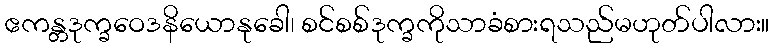
ဧကန္တဒုက္ခဝေဒနိယောနုခေါ၊ စင်စစ်ဒုက္ခကိုသာခံစားရသည်မဟုတ်ပါလား။